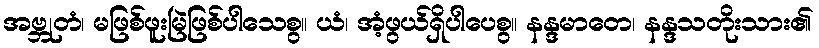
အဗ္ဘုတံ၊ မဖြစ်ဖူးမြဲဖြစ်ပါသေစွ။ ယံ၊ အံ့ဖွယ်ရှိပါပေစွ။ နန္ဒမာတေ၊ နန္ဒသတိုးသား၏